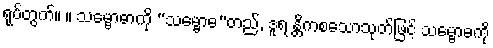
ရုပ်တွက်။ ။ သမ္ဗောဓာကို “သမ္ဗောဓ”တည်, ဒူရ န္တိကစသောသုတ်ဖြင့် သမ္ဗောဓကို